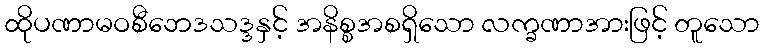
ထိုပဏာမဝစီဘေဒသဒ္ဒနှင့် အနိစ္စအစရှိသော လက္ခဏာအားဖြင့် တူသော